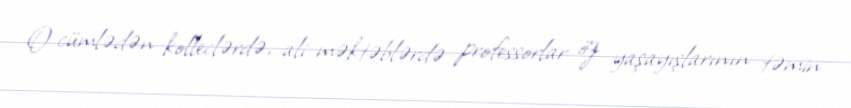
O cümlədən kolleclərdə, ali məktəblərdə professorlar öz yaşayışlarının təmin